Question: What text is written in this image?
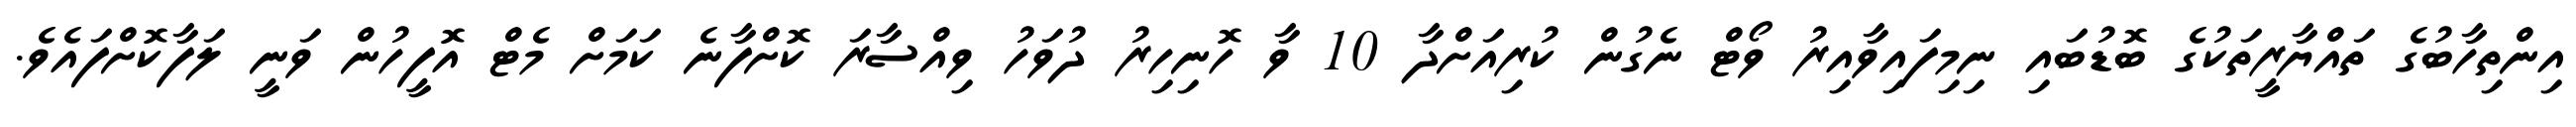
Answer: އިންތިހާބުގެ ތައްޔާރީތަކުގެ ބޮޑުބައި ނިމިފައިވާއިރު ވޯޓް ނެގުން ކުރިއަށްދާ 10 ވާ ހޮނިހިރު ދުވަހު ވިއްސާރަ ކޮށްފާނެ ކަމަށް މެޓް އޮފީހުން ވަނީ ލަފާކޮށްފައެވެ.